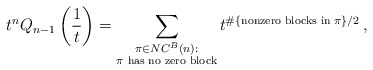
\begin{align*} t^n Q_{n-1}\left(\frac{1}{t}\right) = \sum_{\substack{\pi \in NC^B(n):\\ \pi\textrm{ has no zero block}}} t^{\#\{\textrm{nonzero blocks in }\pi\}/2} \, , \end{align*}